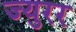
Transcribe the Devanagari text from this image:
ज्युरर